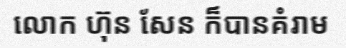
លោក ហ៊ុន សែន ក៏បានគំរាម